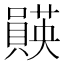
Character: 𫬡